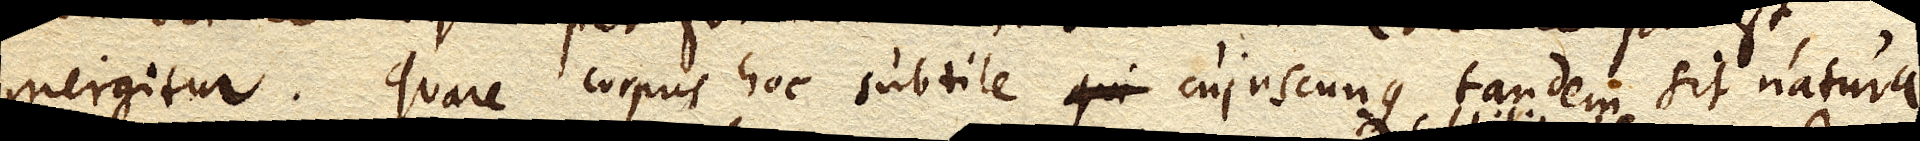
mergitur. Quare corpus hoc subtile cujuscunque tandem sit naturae,